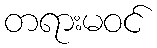
တရားမဝင်